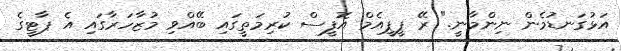
އަޅުގަނޑުމެން ނިންމާނީ." ރޭ ޕީޕީއެމް އޮފީސް ކުރިމަތީގައި ބޭއްވި މުޒާހަރާގައި އެ ޕާޓީގެ